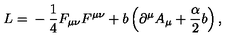
L = \mathrm { } - \frac { 1 } { 4 } F _ { \mu \nu } F ^ { \mu \nu } + b \left( \partial ^ { \mu } A _ { \mu } + \frac { \alpha } { 2 } b \right) ,